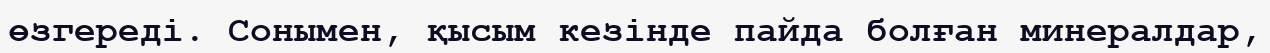
өзгереді. Сонымен, қысым кезінде пайда болған минералдар,